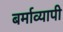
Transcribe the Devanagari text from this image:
बर्माव्यापी